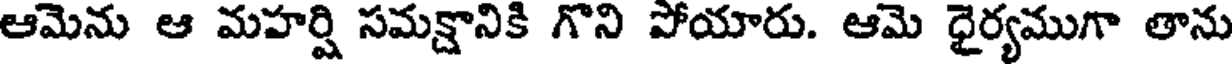
ఆమెను ఆ మహర్షి సమక్షానికి గొని పోయారు. ఆమె ధైర్యముగా తాను